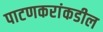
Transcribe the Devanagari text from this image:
पाटणकरांकडील